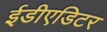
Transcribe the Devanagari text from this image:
ईडीएडिटर